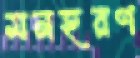
মনহরণ